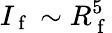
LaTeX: I_{\mathrm{~f~}}\sim R_{\mathrm{~f~}}^{5}